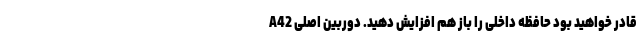
قادر خواهید بود حافظه داخلی را باز هم افزایش دهید. دوربین اصلی A42